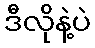
ဒီလိုနဲ့ပဲ